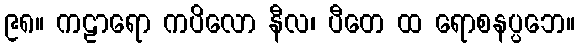
၉၈။ ကဠာရော ကပိလော နီလ၊ ပီတေ ထ ရောစနပ္ပဘေ။